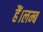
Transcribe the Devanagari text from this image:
हैं।लम्ब